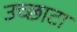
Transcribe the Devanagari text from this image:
उच्छाटा